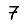
Digit: 7